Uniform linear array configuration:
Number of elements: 64
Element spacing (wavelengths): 1
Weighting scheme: exponential
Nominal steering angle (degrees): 0
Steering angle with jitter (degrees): -1.925
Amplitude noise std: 0.05
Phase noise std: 0.05

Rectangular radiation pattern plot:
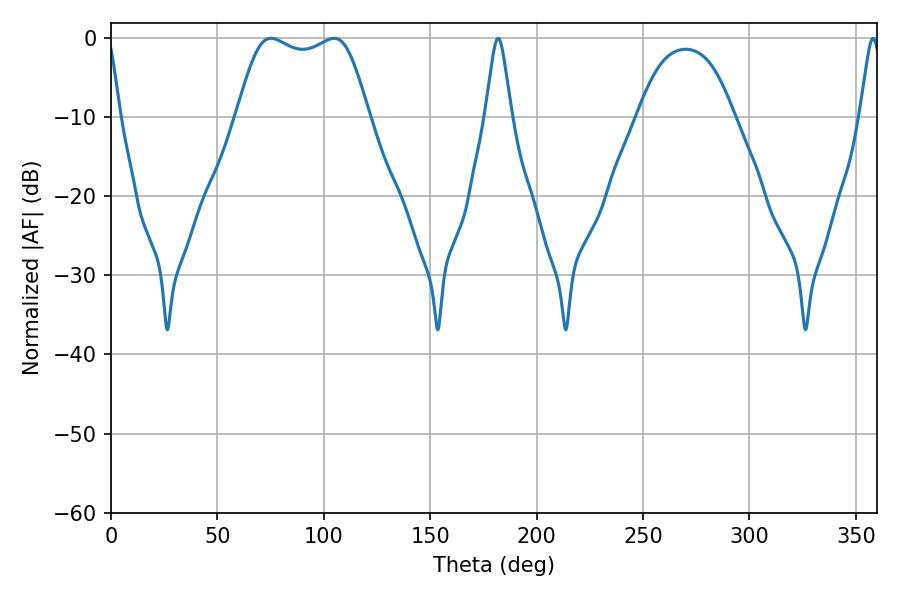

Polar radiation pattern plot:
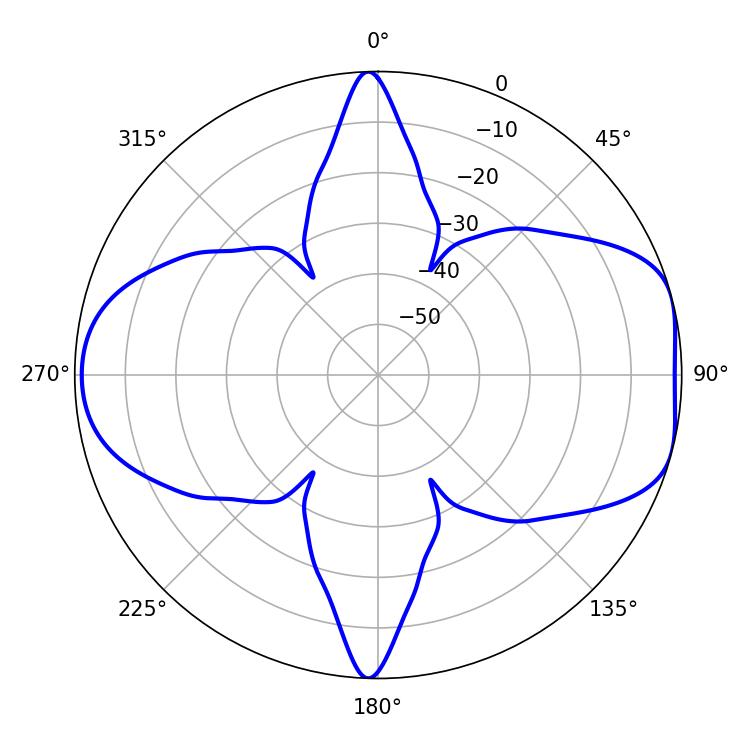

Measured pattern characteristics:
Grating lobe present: TRUE
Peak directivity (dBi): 7.388
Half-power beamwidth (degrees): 47.52
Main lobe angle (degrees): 75.24